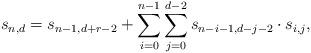
LaTeX: \begin{align*}s_{n,d}=s_{n-1,d+r-2}+\sum\limits_{i=0}^{n-1}\sum\limits_{j=0}^{d-2}s_{n-i-1,d-j-2}\cdot s_{i,j},\end{align*}